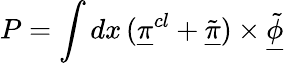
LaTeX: P=\int dx\, (\underline{{{\pi}}}^{cl}+\underline{{{\tilde{\pi}}}})\times\underline{{{\tilde{\phi}}}}